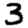
Digit: 3